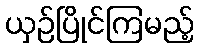
ယှဉ်ပြိုင်ကြမည့်